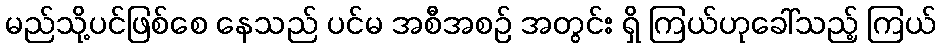
မည်သို့ပင်ဖြစ်စေ နေသည် ပင်မ အစီအစဉ် အတွင်း ရှိ ကြယ်ဟုခေါ်သည့် ကြယ်